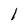
Character: 1